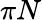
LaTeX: \pi N